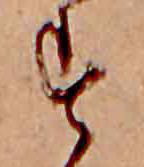
す